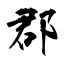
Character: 郡